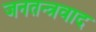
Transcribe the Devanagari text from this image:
जनतन्त्रवाद